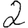
Digit: 2